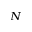
_ N